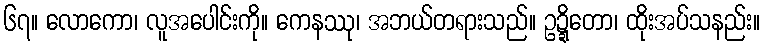
၆၇။ လောကော၊ လူအပေါင်းကို။ ကေနဿု၊ အဘယ်တရားသည်။ ဥဍ္ဍိတော၊ ထိုးအပ်သနည်း။